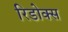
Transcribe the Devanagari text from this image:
रिडोक्स